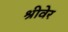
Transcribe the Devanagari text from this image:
श्रीवेर